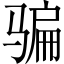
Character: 骗